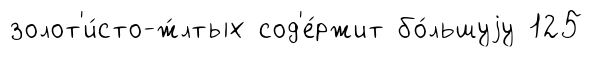
золот'и́сто-ж́лтых сод'е́ржит бо́льшуjу 125